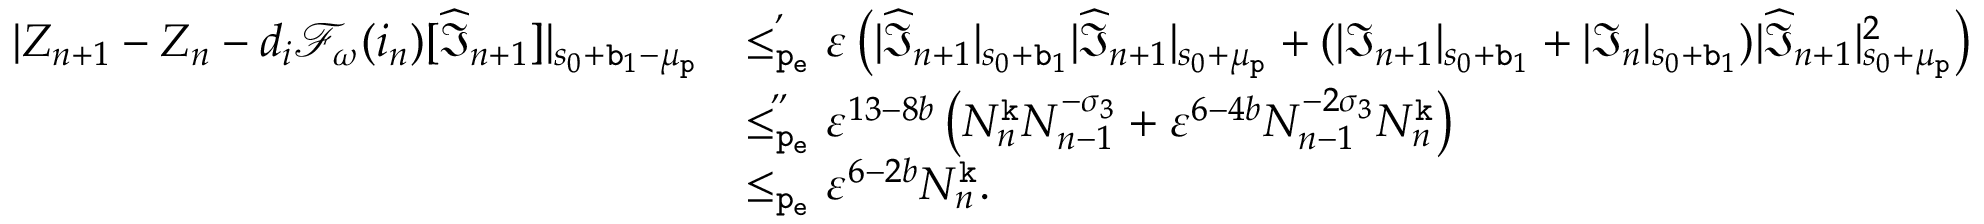
\begin{array} { r l } { | Z _ { n + 1 } - Z _ { n } - d _ { i } \mathcal { F } _ { \omega } ( i _ { n } ) [ \widehat { \mathfrak { I } } _ { n + 1 } ] | _ { s _ { 0 } + \mathtt { b } _ { 1 } - \mu _ { \mathtt { p } } } } & { \overset { , } { \le _ { \mathtt { p _ { e } } } } \varepsilon \left( | \widehat { \mathfrak { I } } _ { n + 1 } | _ { s _ { 0 } + \mathtt { b } _ { 1 } } | \widehat { \mathfrak { I } } _ { n + 1 } | _ { s _ { 0 } + \mu _ { \mathtt { p } } } + ( | \mathfrak { I } _ { n + 1 } | _ { s _ { 0 } + \mathtt { b } _ { 1 } } + | \mathfrak { I } _ { n } | _ { s _ { 0 } + \mathtt { b } _ { 1 } } ) | \widehat { \mathfrak { I } } _ { n + 1 } | _ { s _ { 0 } + \mu _ { \mathtt { p } } } ^ { 2 } \right) } \\ & { \overset { , , } { \le _ { \mathtt { p _ { e } } } } \varepsilon ^ { 1 3 - 8 b } \left( N _ { n } ^ { \mathtt { k } } N _ { n - 1 } ^ { - \sigma _ { 3 } } + \varepsilon ^ { 6 - 4 b } N _ { n - 1 } ^ { - 2 \sigma _ { 3 } } N _ { n } ^ { \mathtt { k } } \right) } \\ & { \le _ { \mathtt { p _ { e } } } \varepsilon ^ { 6 - 2 b } N _ { n } ^ { \mathtt { k } } . } \end{array}